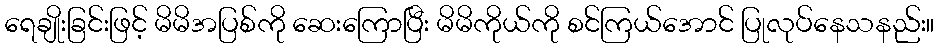
ရေချိုးခြင်းဖြင့် မိမိအပြစ်ကို ဆေးကြောပြီး မိမိကိုယ်ကို စင်ကြယ်အောင် ပြုလုပ်နေသနည်း။